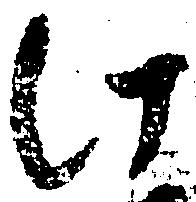
法